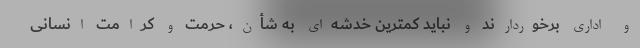
و اداری برخوردارند و نباید کمترین خدشه‌ای به شأن، حرمت و کرامت انسانی